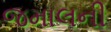
જમાલની